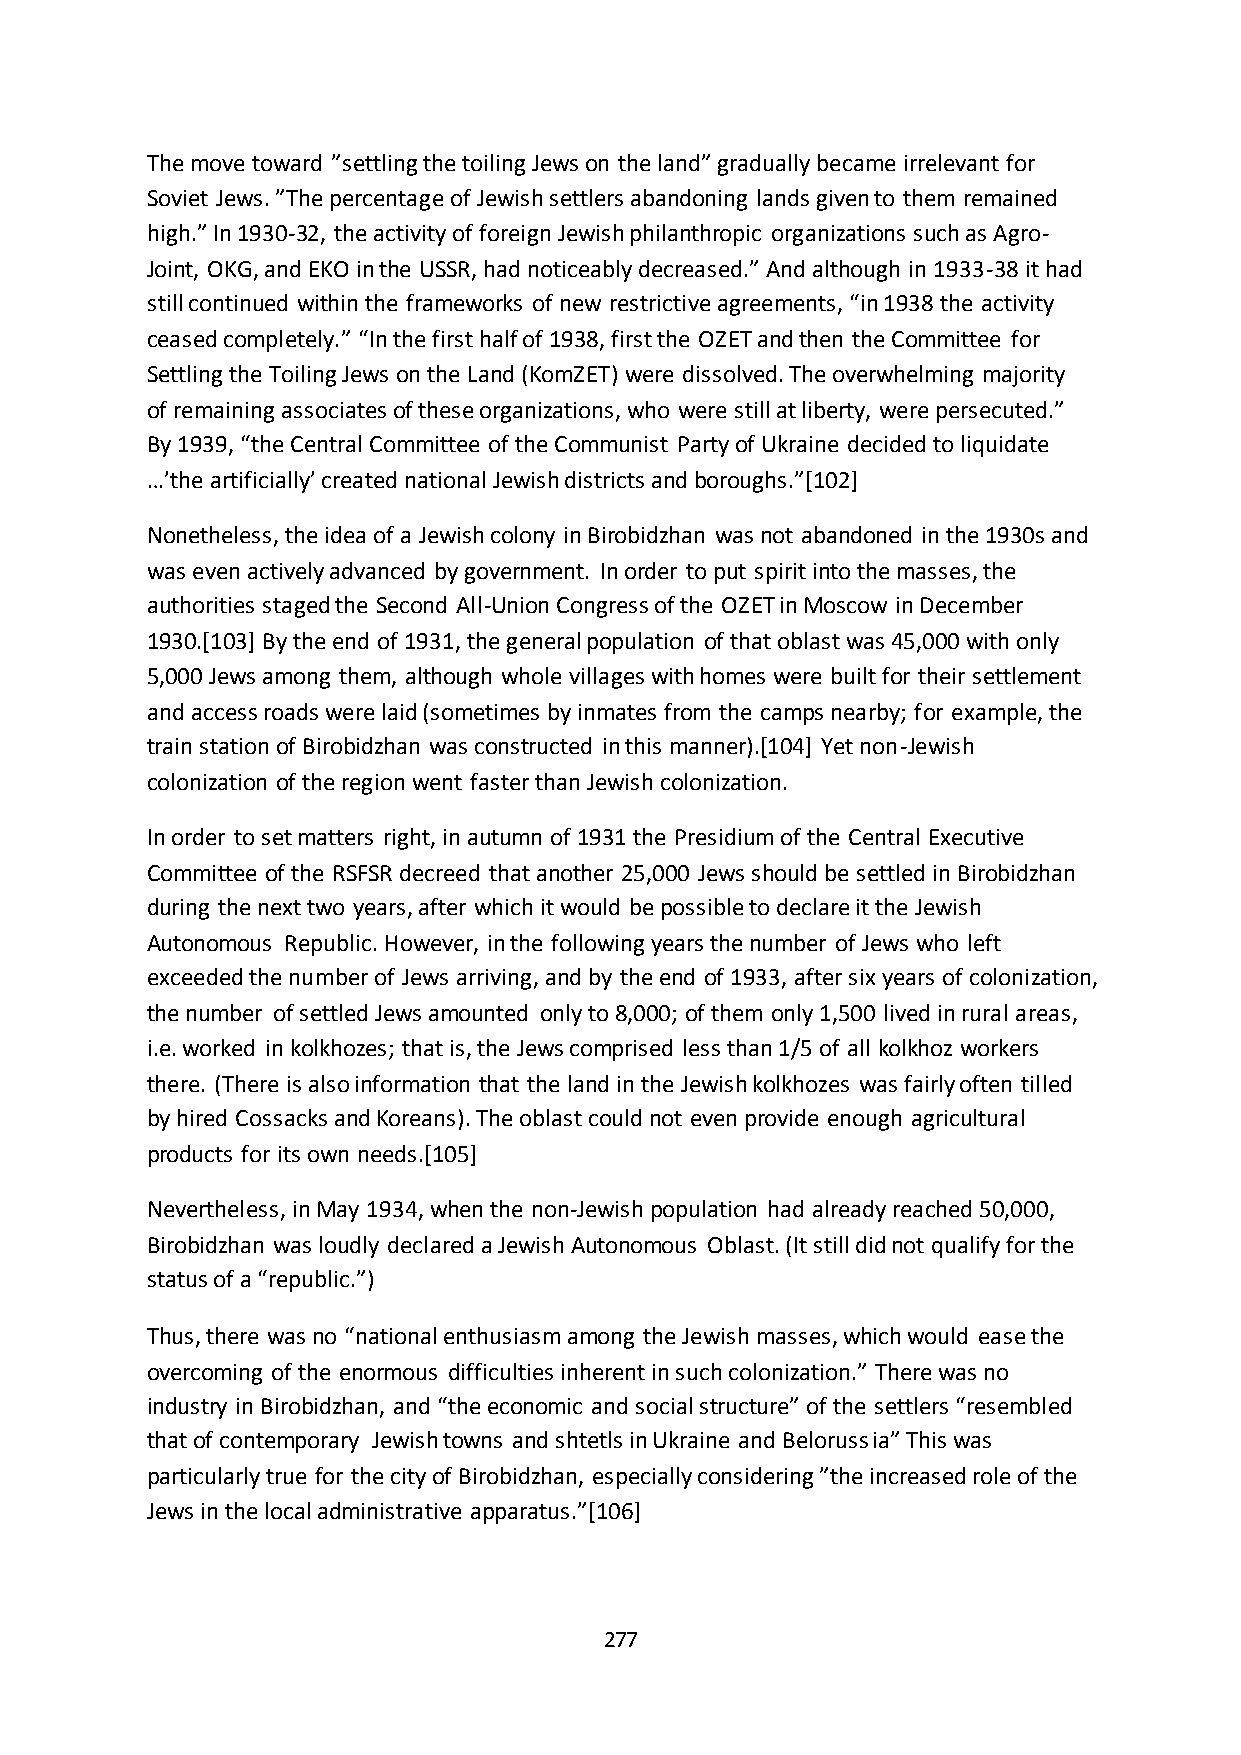
The move toward ”settling the toiling Jews on the land” gradually became irrelevant for
 Soviet Jews. ”The percentage of Jewish settlers abandoning lands given to them remained
 high.” In 1930-32, the activity of foreign Jewish philanthropic organizations such as Agro-
 Joint, OKG, and EKO in the USSR, had noticeably decreased.” And although in 1933-38 it had
 still continued within the frameworks of new restrictive agreements, “in 1938 the activity
 ceased completely.” “In the first half of 1938, first the OZET and then the Committee for
 Settling the Toiling Jews on the Land (KomZET) were dissolved. The overwhelming majority
 of remaining associates of these organizations, who were still at liberty, were persecuted.”
 By 1939, “the Central Committee of the Communist Party of Ukraine decided to liquidate
 …’the artificially’ created national Jewish districts and boroughs.”*102+
 Nonetheless, the idea of a Jewish colony in Birobidzhan was not abandoned in the 1930s and
 was even actively advanced by government. In order to put spirit into the masses, the
 authorities staged the Second All-Union Congress of the OZET in Moscow in December
 1930.[103] By the end of 1931, the general population of that oblast was 45,000 with only
 5,000 Jews among them, although whole villages with homes were built for their settlement
 and access roads were laid (sometimes by inmates from the camps nearby; for example, the
 train station of Birobidzhan was constructed in this manner).[104] Yet non-Jewish
 colonization of the region went faster than Jewish colonization.
 In order to set matters right, in autumn of 1931 the Presidium of the Central Executive
 Committee of the RSFSR decreed that another 25,000 Jews should be settled in Birobidzhan
 during the next two years, after which it would be possible to declare it the Jewish
 Autonomous Republic. However, in the following years the number of Jews who left
 exceeded the number of Jews arriving, and by the end of 1933, after six years of colonization,
 the number of settled Jews amounted only to 8,000; of them only 1,500 lived in rural areas,
 i.e. worked in kolkhozes; that is, the Jews comprised less than 1/5 of all kolkhoz workers
 there. (There is also information that the land in the Jewish kolkhozes was fairly often tilled
 by hired Cossacks and Koreans). The oblast could not even provide enough agricultural
 products for its own needs.[105]
 Nevertheless, in May 1934, when the non-Jewish population had already reached 50,000,
 Birobidzhan was loudly declared a Jewish Autonomous Oblast. (It still did not qualify for the
 status of a “republic.”)
 Thus, there was no “national enthusiasm among the Jewish masses, which would ease the
 overcoming of the enormous difficulties inherent in such colonization.” There was no
 industry in Birobidzhan, and “the economic and social structure” of the settlers “resembled
 that of contemporary Jewish towns and shtetls in Ukraine and Belorussia” This was
 particularly true for the city of Birobidzhan, especially considering ”the increased role of the
 Jews in the local administrative apparatus.”*106+
 277